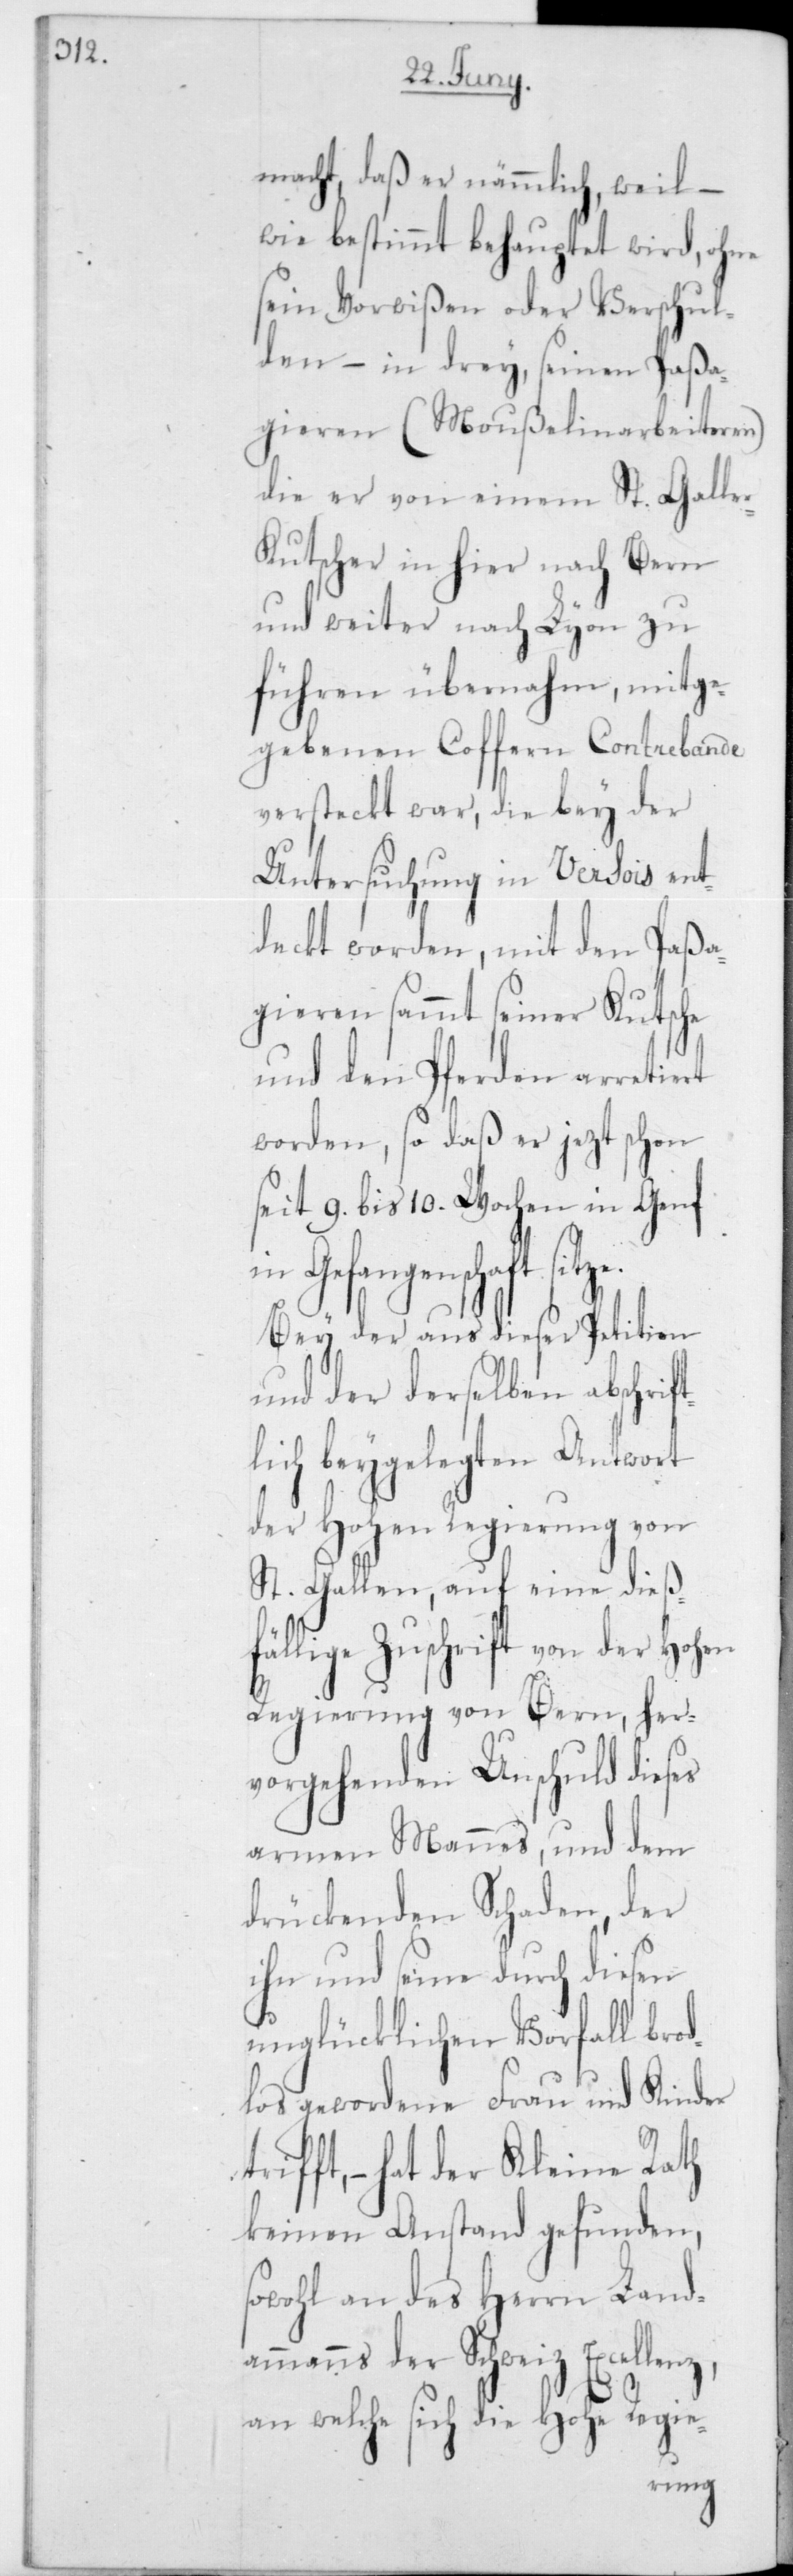
e.

macht, daß er nämmlich, weil –
wie bestimmt behauptet wird, ohne
sein Vorwißen oder Verschul¬
den, – in drey seinen Paßa¬
gieren (Moußelinarbeiteren),
die er von einem St. Galle¬
r-Kutscher in hier nach Bern
und weiter nach Lyon zu
führen übernahm, mitge¬
gebenen Coffern Contrebande
versteckt war, die bey der
Untersuchung in Versois ent¬
deckt worden, mit den Paßa¬
gieren sammt seiner Kutsche
und den Pferden arretiert
worden, so daß er jetzt schon
seit 9 bis 10 Wochen in Genf
in Gefangenschaft sitz¬
Bey der aus dieser Petition
und der derselben abschrift¬
lich beygelegten Antwort
der Hohen Regierung von
St. Gallen, auf eine dieß¬
fällige Zuschrift von der Hohen
Regierung von Bern, her¬
vorgehenden Unschuld dieses
armen Mannes, und dem
drückenden Schaden, der
ihn und seine durch diesen
unglücklichen Vorfall bro¬
tlos gewordene Frau und Kinder
– hat der Kleine Rath
keinen Anstand gefunden,
sowohl an des Herrn Land¬
ammanns der Schweiz Excelle¬
an welche sich die hohe Regie-
nz,